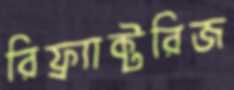
রিফ্র্যাক্টরিজ